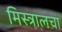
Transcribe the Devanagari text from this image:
मिस्त्रालचा